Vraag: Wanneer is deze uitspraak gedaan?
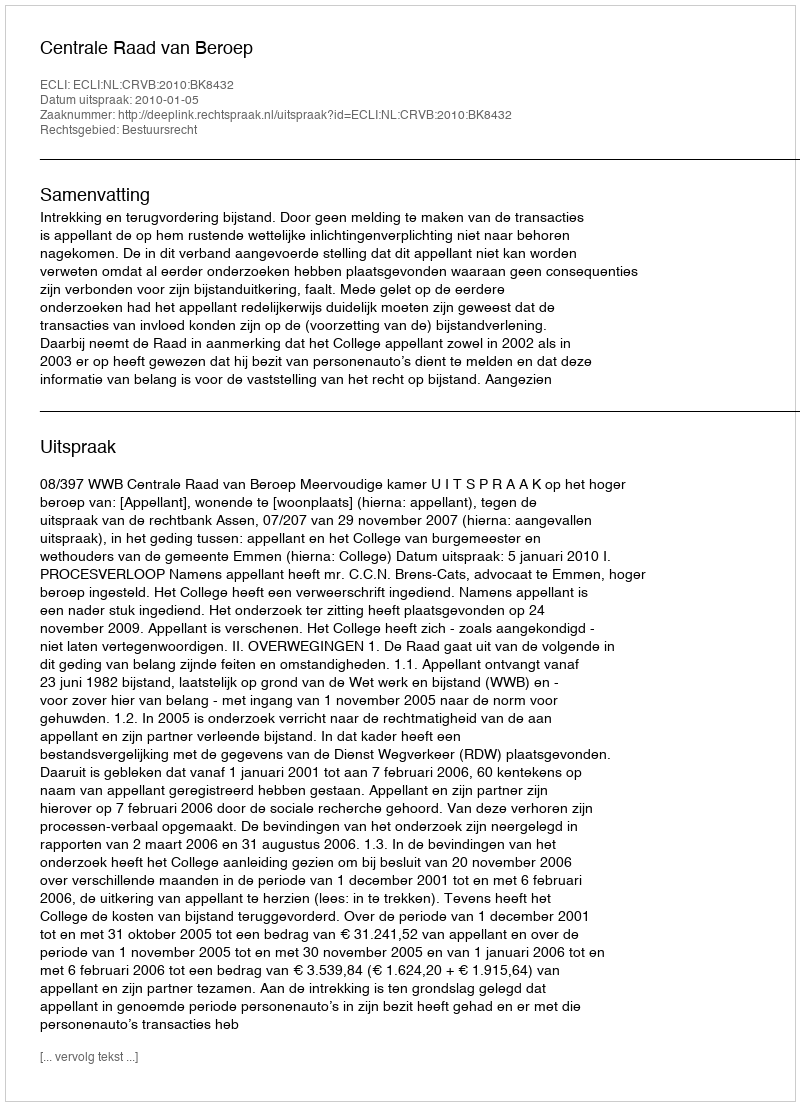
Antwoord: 2010-01-05